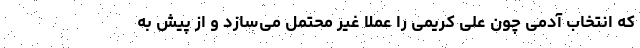
که انتخاب آدمی چون علی کریمی را عملا غیر محتمل می‌سازد و از پیش به